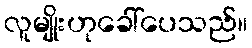
လူမျိုးဟုခေါ်ပေသည်။